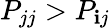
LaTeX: P_{jj}>P_{\mathbf{i}j}